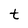
Character: t